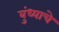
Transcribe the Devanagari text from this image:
बुंध्याचे